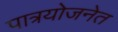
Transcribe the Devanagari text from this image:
पात्रयोजनेत